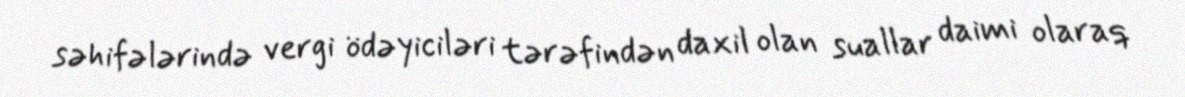
səhifələrində vergi ödəyiciləri tərəfindən daxil olan suallar daimi olaraq